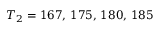
T _ { 2 } = 1 6 7 , \, 1 7 5 , \, 1 8 0 , \, 1 8 5